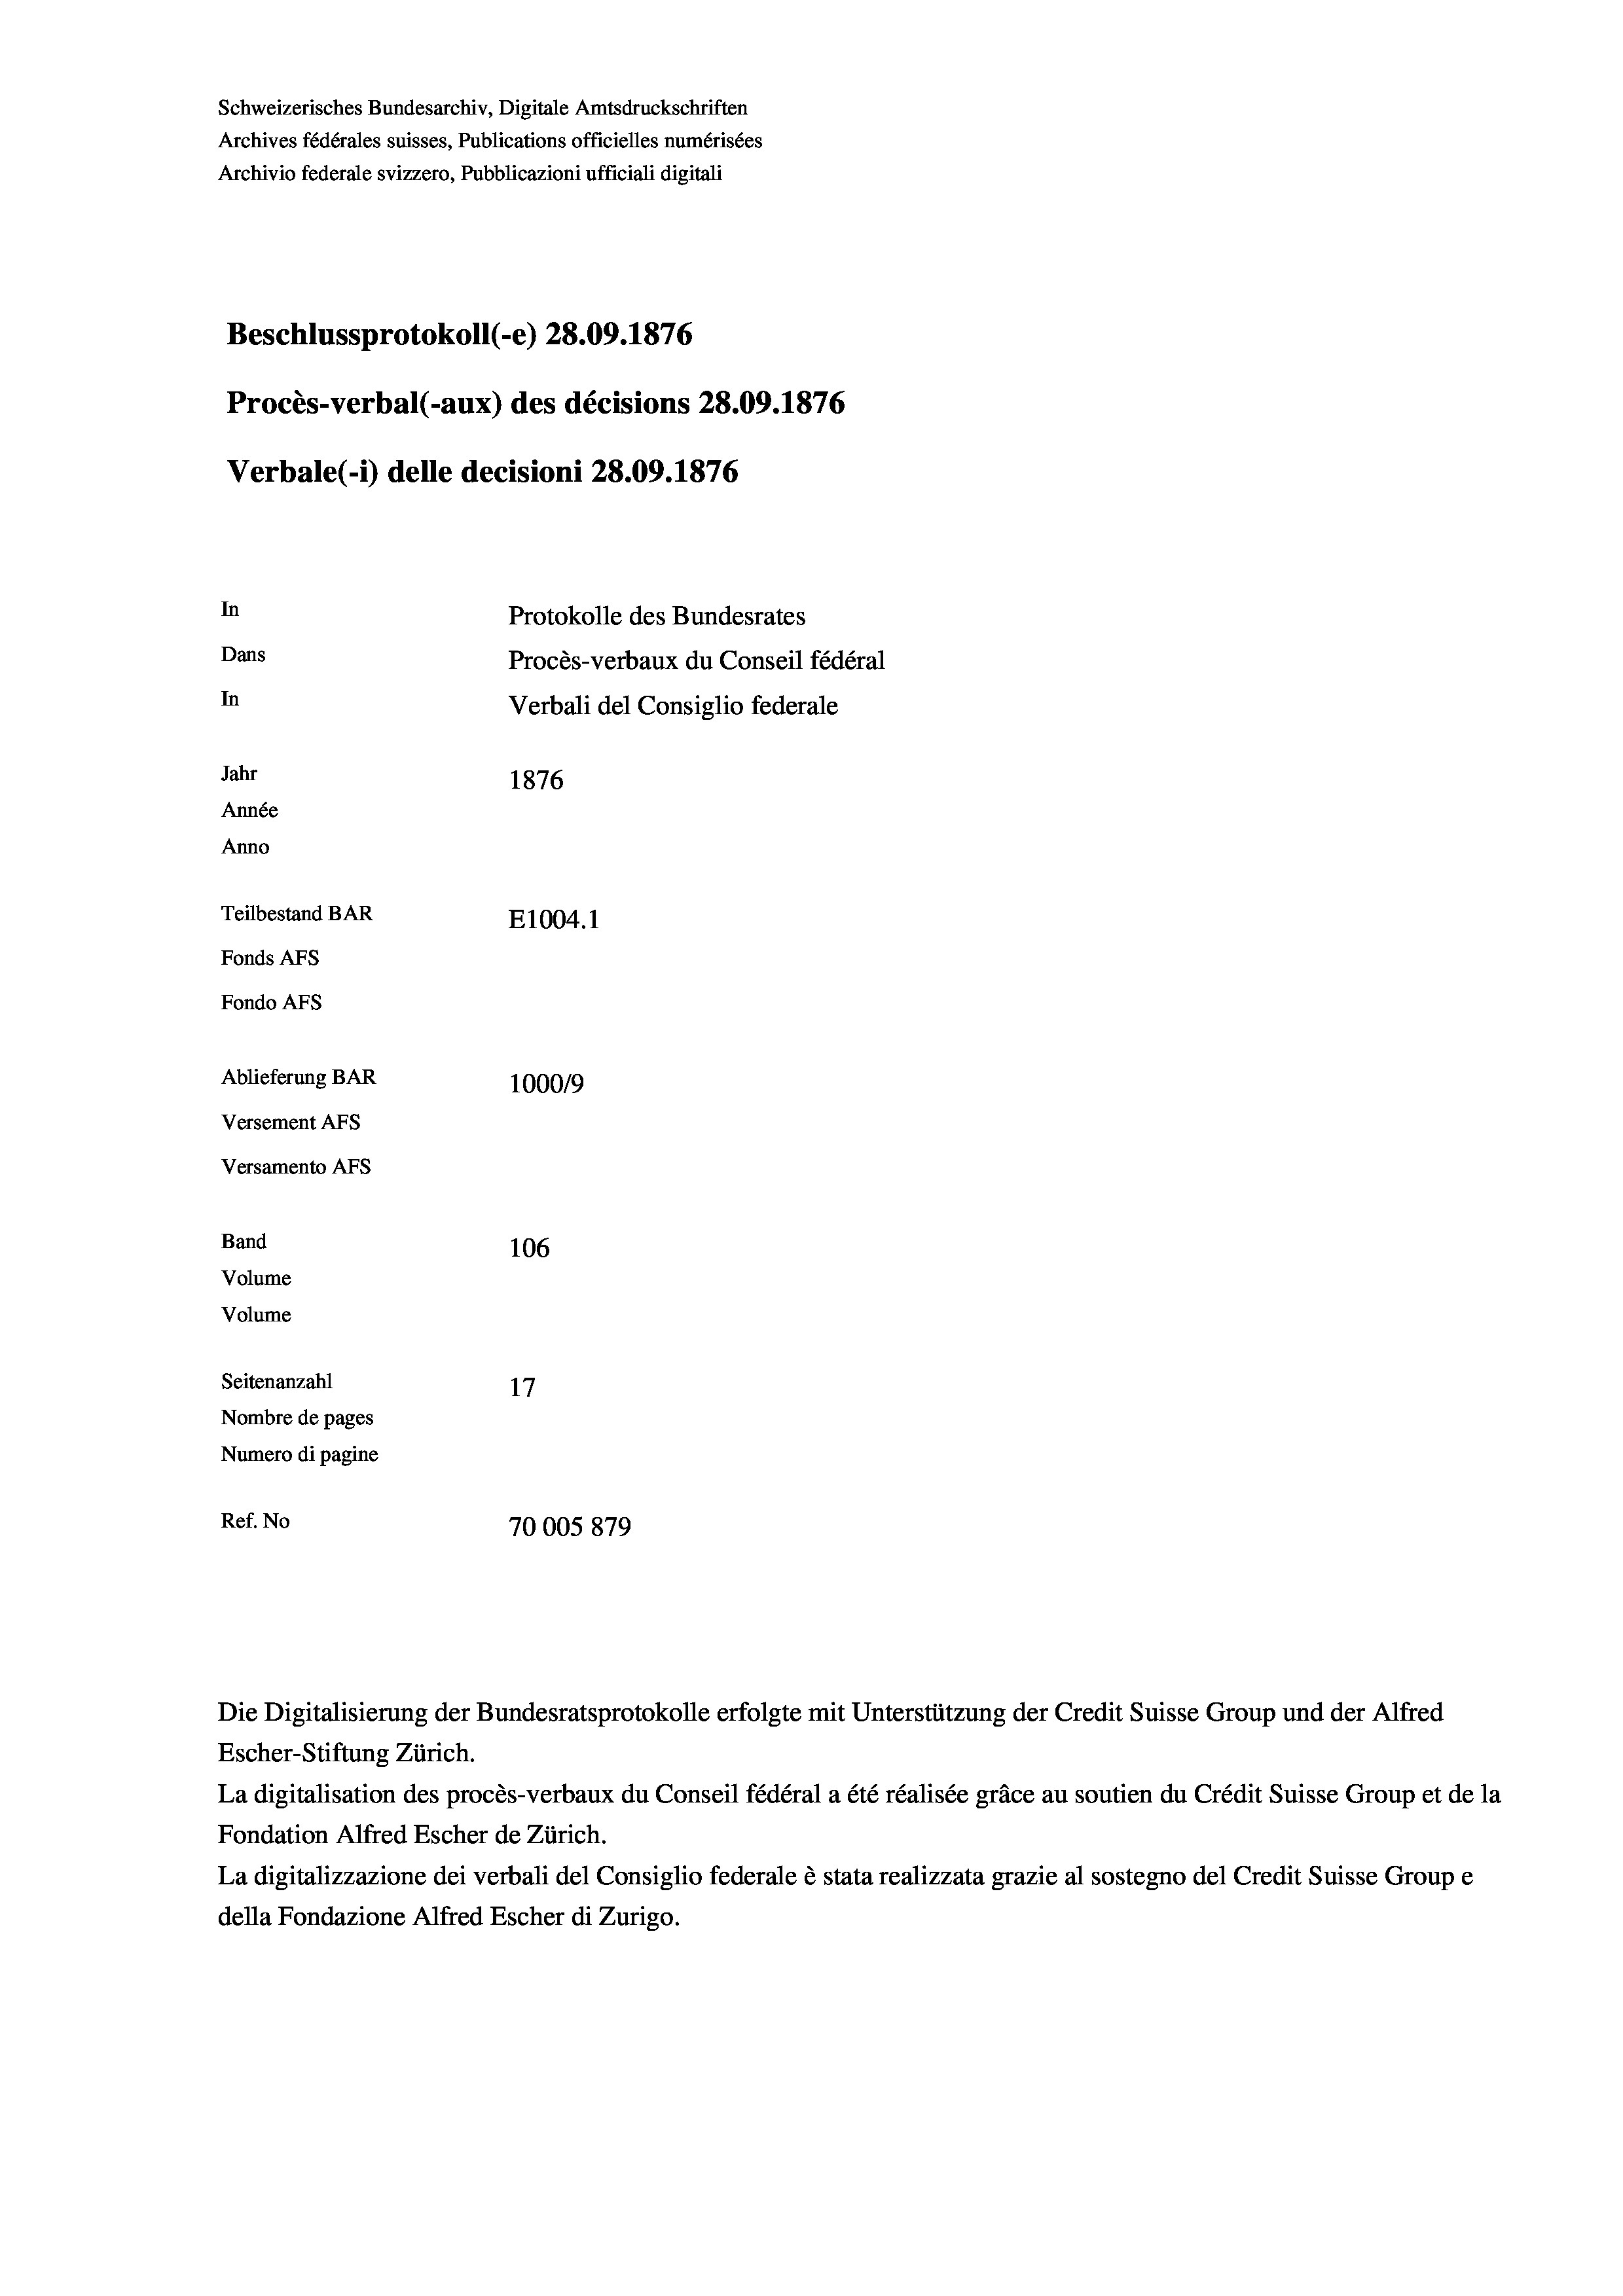
Schweizerisches Bundesarchiv, Digitale Amtsdruckschriften
Archives fédérales suisses, Publications officielles numérisées
Archivio federale svizzero, Pubblicazioni ufficiali digitali
Beschlussprotokoll (-e) 28.09. 1876
Procès-verbal (-aux) des décisions 28.09. 1876
Verbale (1) delle decisioni 28.09. 1876
In
Protokolle des Bundesrates
Dans
Procès-verbaux du Conseil fédéral
In
Verbali del Consiglio federale
Jahr
1876
Année
Anno
Teilbestand BAR
E1004.1
Fonds AFs
Fondo AFS
Ablieferung BAR
1000/9
Versement Abs
Versamento Afs

106
Seitenanzahl
17
Nombre de pages
Numero di pagine
Ref. No
70005879

Band

Volume
Volume

Escher-Stiftung Zürich.
La digitalisation des procès-verbaux du Conseil fédéral a été réalisée gräce au soutien du Crédit Suisse Group et de la
Fondation Alfred Escher de Zürich.
La digitalizzazione dei verbali del Consiglio federale è stata realizzata grazie al sostegno del Credit Suisse Groupe
della Fondazione Alfred Escher di Zurigo.

Die Digitalisierung der Bundesratsprotokolle erfolgte mit Unterstützung der Credit Suisse Group und der Alfred